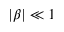
| \beta | \ll 1